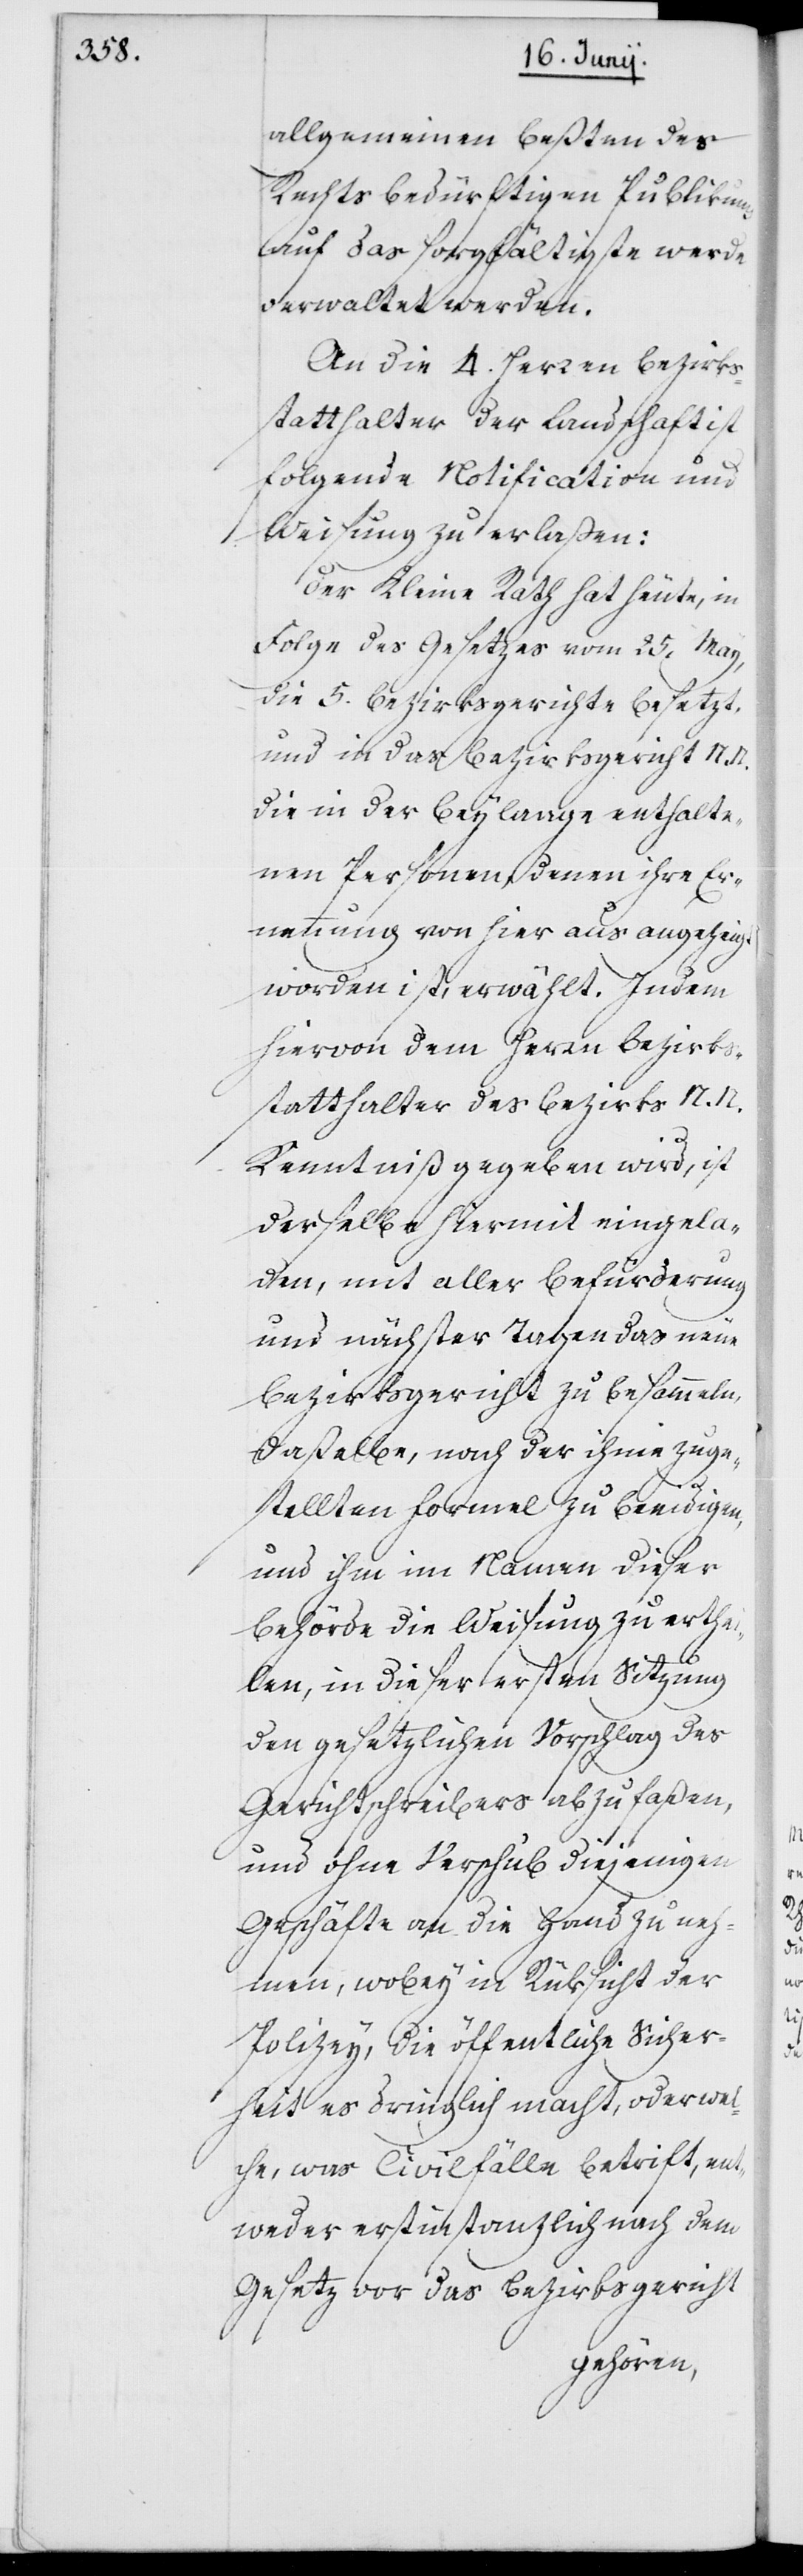
allgemeinen Beßten des
rechtsbedürftigen Publikums
auf das sorgfältigste werde
verwaltet werden.
An die 4. Herren Bezirks¬
statthalter der Landschaft ist
folgende Notification und
Weisung zu erlaßen:
Der Kleine Rath hat heute, in
Folge des Gesetzes vom 25. May
die 5. Bezirksgerichte besetzt,
und in das Bezirksgericht N.
die in der Beylaage enthalte¬
nen Personen, denen ihre Er¬
nennung von hier aus angezeigt
worden ist, erwählt. Indem
hiervon dem Herrn Bezirks¬
statthalter des Bezirks N. N.
Kenntniß gegeben wird, ist
derselbe hiermit eingela¬
den, mit aller Befürderung
und nächster Tagen das neue
Bezirksgericht zu besammeln,
daßelbe nach der ihme zuge¬
stellten Formel zu beeidigen
und ihm im Namen dieser
Behörde die Weisung zu erthei¬
len, in dieser ersten Sitzung
den gesetzlichen Vorschlag des
Gerichtschreibers abzufaßen,
und ohne Verschub diejenigen
Geschäfte an die Hand zu neh¬
men, wobey in Rüksicht der
Polizey, die öffentliche Sicher¬
heit es dringlich macht, oder wel¬
che, was Civilfälle betrift, ent¬
weder erstinstanzlich nach dem
Gesetz vor das Bezirksgericht